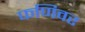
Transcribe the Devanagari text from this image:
फणिवर